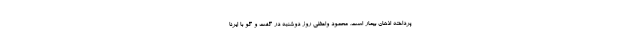
پرداخته اذهان بیمار است. محمود واعظی روز دوشنبه در گفت و گو با ایرنا